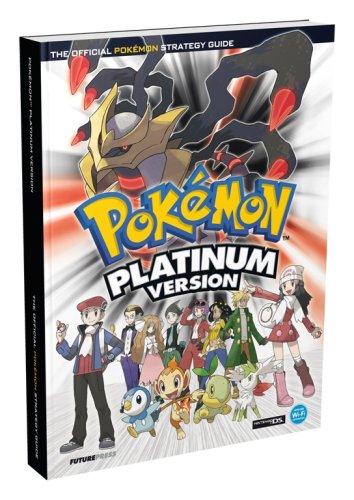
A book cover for Pokemon Platinum Official Strategy Guide; Future Press; Computers & Technology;